Leaving Certificate Examination (including Day School Certificate (Higher) General paper), 1935
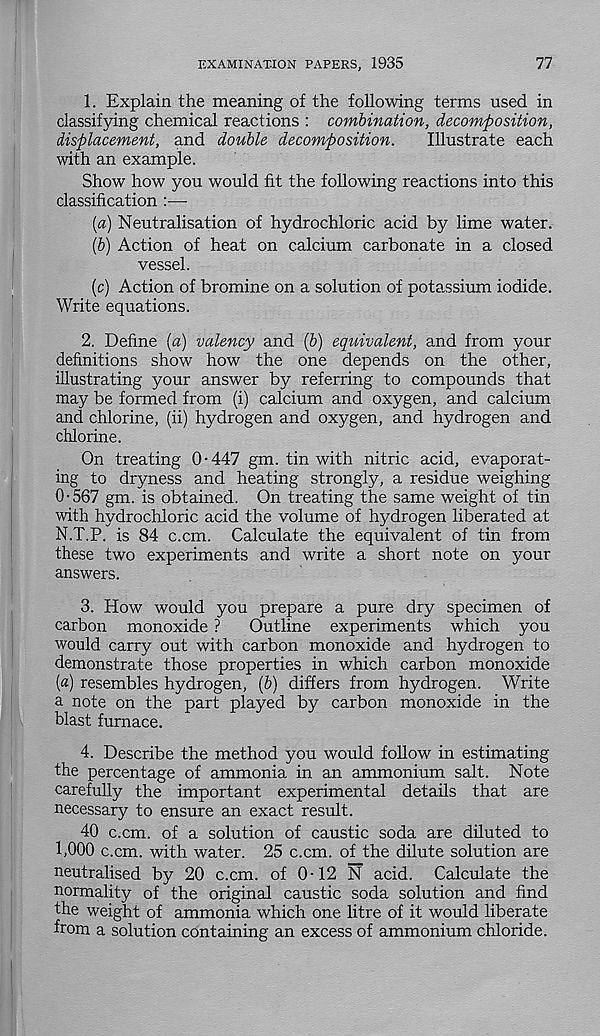
EXAMINATION PAPERS, 1935
77
1. Explain the meaning of the following terms used in
classifying chemical reactions : combination, decomposition,
displacement, and double decomposition.
Illustrate each
with an example.
Show how you would fit the following reactions into this
classification :—
{a) Neutralisation of hydrochloric acid by lime water.
(6) Action of heat on calcium carbonate in a closed
vessel.
(c) Action of bromine on a solution of potassium iodide.
Write equations.
2. Define (a) valency and (5) equivalent, and from your
definitions show how the one depends on the other,
illustrating your answer by referring to compounds that
may be formed from (i) calcium and oxygen, and calcium
and chlorine, (ii) hydrogen and oxygen, and hydrogen and
chlorine.
On treating 0-447 gm. tin with nitric acid, evaporat-
ing to dryness and heating strongly, a residue weighing
0-567 gm. is obtained. On treating the same weight of tin
with hydrochloric acid the volume of hydrogen liberated at
N.T.P. is 84 c.cm. Calculate the equivalent of tin from
these two experiments and write a short note on your
answers.
3. How would you prepare a pure dry specimen of
carbon monoxide ?
Outline experiments which you
would carry out with carbon monoxide and hydrogen to
demonstrate those properties in which carbon monoxide
(«) resembles hydrogen, {b) differs from hydrogen. Write
a note on the part played by carbon monoxide in the
blast furnace.
4. Describe the method you would follow in estimating
the percentage of ammonia in an ammonium salt. Note
carefully the important experimental details that are
necessary to ensure an exact result.
40 c.cm. of a solution of caustic soda are diluted to
1,000 c.cm. with water. 25 c.cm. of the dilute solution are
neutralised by 20 c.cm. of 0-12 N acid. Calculate the
normality of the original caustic soda solution and find
the weight of ammonia which one litre of it would liberate
from a solution containing an excess of ammonium chloride.